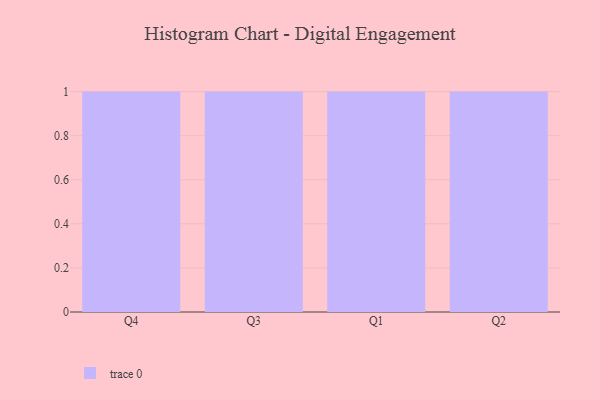
{"axis": {"x": "Quarter", "y": "Operating Costs (USD K)"}, "legend": [""], "data": [{"x": "Q4", "y": 87, "type": ""}, {"x": "Q3", "y": 96, "type": ""}, {"x": "Q1", "y": 48, "type": ""}, {"x": "Q2", "y": 32, "type": ""}]}